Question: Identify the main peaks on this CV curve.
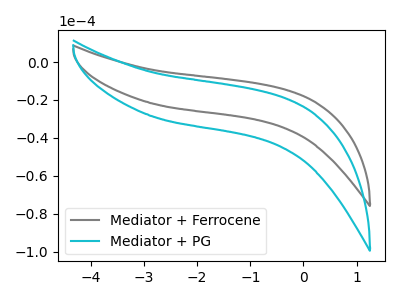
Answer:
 <answer>The gray curve "Mediator + Ferrocene" has no peaks. The cyan curve "Mediator + PG" has no peaks.</answer>
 <eval></eval>